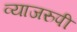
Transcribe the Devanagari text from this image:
व्याजरुपी